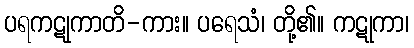
ပရကဋုကာတိ-ကား။ ပရေသံ၊ တို့၏။ ကဋုကာ၊